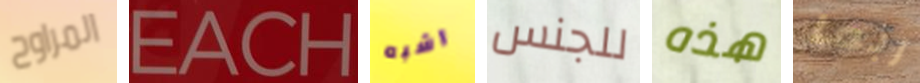
المراوح EACH اشبه للجنس هذه ربما